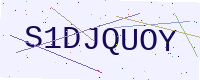
Text: S1DJQUOY